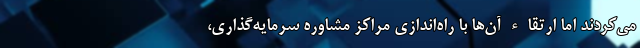
می‌کردند اما ارتقاء آن‌ها با راه‌اندازی مراکز مشاوره سرمایه‌گذاری،